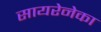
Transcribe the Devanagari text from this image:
सायरेनेका